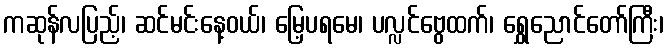
ကဆုန်လပြည့်၊ ဆင်မင်းနေ့ဝယ်၊ မြေ့ပရမေ၊ ပလ္လင်ဗွေထက်၊ ရွှေညောင်တော်ကြီး၊